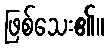
ဖြစ်သေး၏။